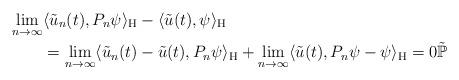
LaTeX: \begin{align*}\lim_{n \to \infty} & \langle\tilde{u}_n(t), P_n \psi\rangle_{\mathrm{H}} - \langle\tilde{u}(t), \psi\rangle_{\mathrm{H}} \\& = \lim_{n \to \infty}\langle\tilde{u}_n(t) - \tilde{u}(t), P_n \psi\rangle_{\mathrm{H}} + \lim_{n \to \infty}\langle\tilde{u}(t), P_n \psi - \psi\rangle_{\mathrm{H}} = 0 \tilde{\mathbb{P}}\end{align*}